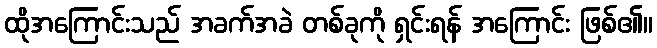
ထိုအကြောင်းသည် အခက်အခဲ တစ်ခုကို ရှင်းရန် အကြောင်း ဖြစ်၏။